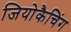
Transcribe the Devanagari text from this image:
जियोकैचिंग